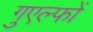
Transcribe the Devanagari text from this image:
गुएल्फों